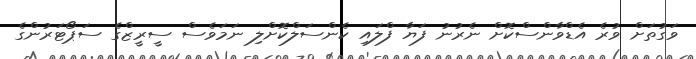
ވަގުތަށް ވުރެ އެޑްވާންސްކޮށް ނެރުނު ފަޔާ ފްލައި ކެންސަލްކޮށްލި ނަމަވެސް ސީރީޒްގެ ސަޕޯޓަރުންގެ